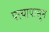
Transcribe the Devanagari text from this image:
पत्त्यापासून